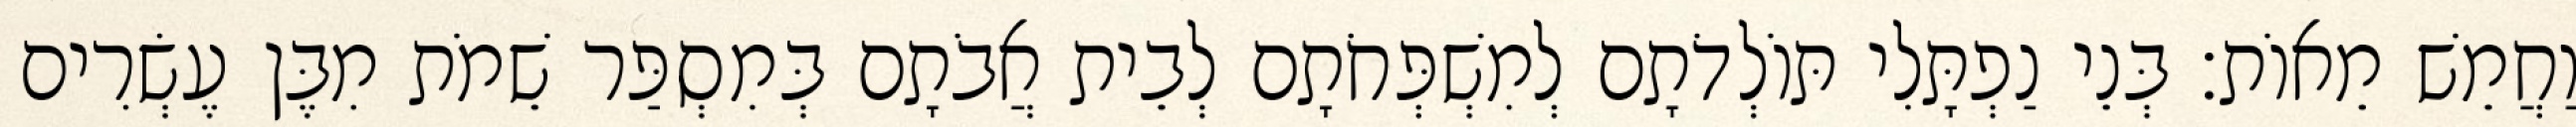
וַחֲמֵשׁ מֵאוֹת׃ בְּנֵי נַפְתָּלִי תּוֹלְדֹתָם לְמִשְׁפְּחֹתָם לְבֵית אֲבֹתָם בְּמִסְפַּר שֵׁמֹת מִבֶּן עֶשְׂרִים